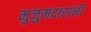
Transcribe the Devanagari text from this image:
मुजुमदारांनी